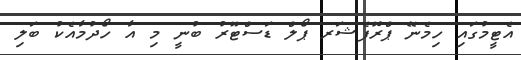
އެޓީމުގައި ހިމެނޭ ޕްރޮފެޝަރ ޕޯލް ޑަސްޓޫރު ބުނީ މި އާ ހޯދުމާއެކު ބަލި